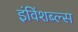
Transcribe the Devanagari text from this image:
इंविंशब्ल्स